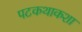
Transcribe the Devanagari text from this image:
पटकथाकशा